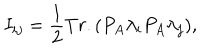
I _ { i j } = { \frac { 1 } { 2 } } T r . ( P _ { A } \lambda _ { i } P _ { A } \lambda _ { j } ) ,